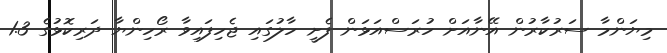
މިޔަންމާ ސަރުކާރުން އޭނާއަށް ހުރަސްއަޅަން ފެށީ ހާލުގައި ޖެހިފައިވާ ރޯހިންޔާ ދަރިކޮޅުގެ 1.3